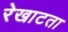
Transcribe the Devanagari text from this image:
रेखाटता